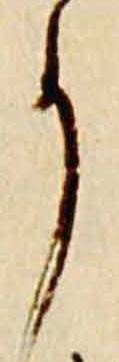
事